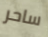
ساحر